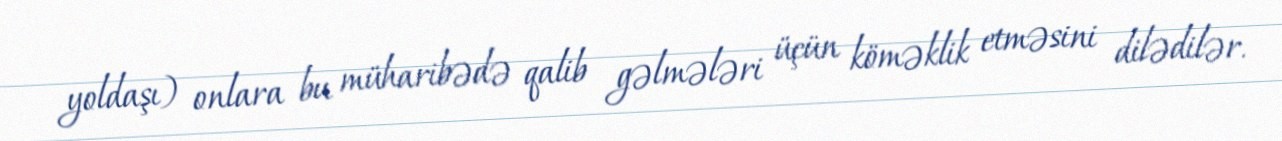
yoldaşı) onlara bu müharibədə qalib gəlmələri üçün köməklik etməsini dilədilər.